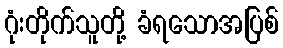
ဂုံးတိုက်သူတို့ ခံရသောအပြစ်